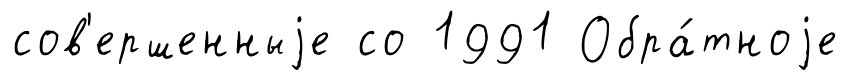
сов'ершенныjе со 1991 Обра́тноjе